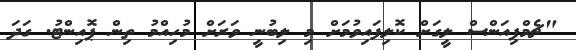
"ޗެމްޕިއަންސް ލީގަށް ކޮލިފައިވުމަށް މި ލިބުނީ ވަރަށް މުހިއްމު ތިން ޕޮއިންޓު. ގަދަ